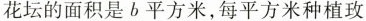
花坛的面积是b平方米，每平方米种植玫